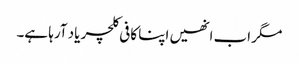
مگر اب انھیں اپنا کافی کلچر یاد آرہا ہے۔